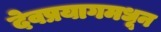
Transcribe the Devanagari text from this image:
देवप्रयागमधून